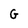
Character: G